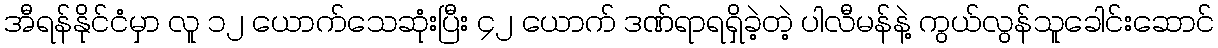
အီရန်နိုင်ငံမှာ လူ ၁၂ ယောက်သေဆုံးပြီး ၄၂ ယောက် ဒဏ်ရာရရှိခဲ့တဲ့ ပါလီမန်နဲ့ ကွယ်လွန်သူခေါင်းဆောင်